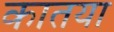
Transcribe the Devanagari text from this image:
कातया